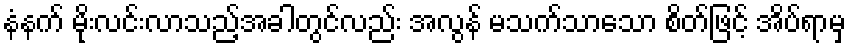
နံနက် မိုးလင်းလာသည့်အခါတွင်လည်း အလွန် မသက်သာသော စိတ်ဖြင့် အိပ်ရာမှ